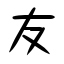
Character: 友